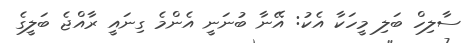
ސާލިހް ބަލި މީހަކާ އެކު: އޭނާ ބުނަނީ އެންމެ ގިނައީ ރާއްޖެ ބަލީގެ